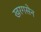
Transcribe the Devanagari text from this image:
खरगसेन